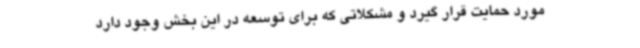
مورد حمایت قرار گیرد و مشکلاتی که برای توسعه در این بخش وجود دارد